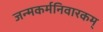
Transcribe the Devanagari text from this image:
जन्मकर्मनिवारकम्